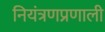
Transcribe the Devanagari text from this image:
नियंत्रणप्रणाली